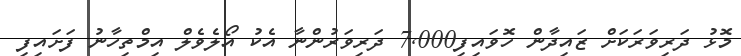
މޮޅު ދަރިވަރަކަށް ޒައިދާން ހޮވައިފި7